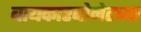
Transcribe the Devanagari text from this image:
बायकारबोनेटच्या